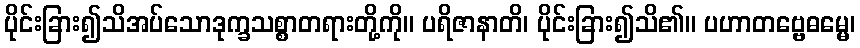
ပိုင်းခြား၍သိအပ်သောဒုက္ခသစ္စာတရားတို့ကို။ ပရိဇာနာတိ၊ ပိုင်းခြား၍သိ၏။ ပဟာတဗ္ဗေဓမ္မေ၊